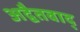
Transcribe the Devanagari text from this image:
अद्वैतवाद्